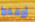
أوقفوا